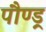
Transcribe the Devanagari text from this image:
पौण्ड्र